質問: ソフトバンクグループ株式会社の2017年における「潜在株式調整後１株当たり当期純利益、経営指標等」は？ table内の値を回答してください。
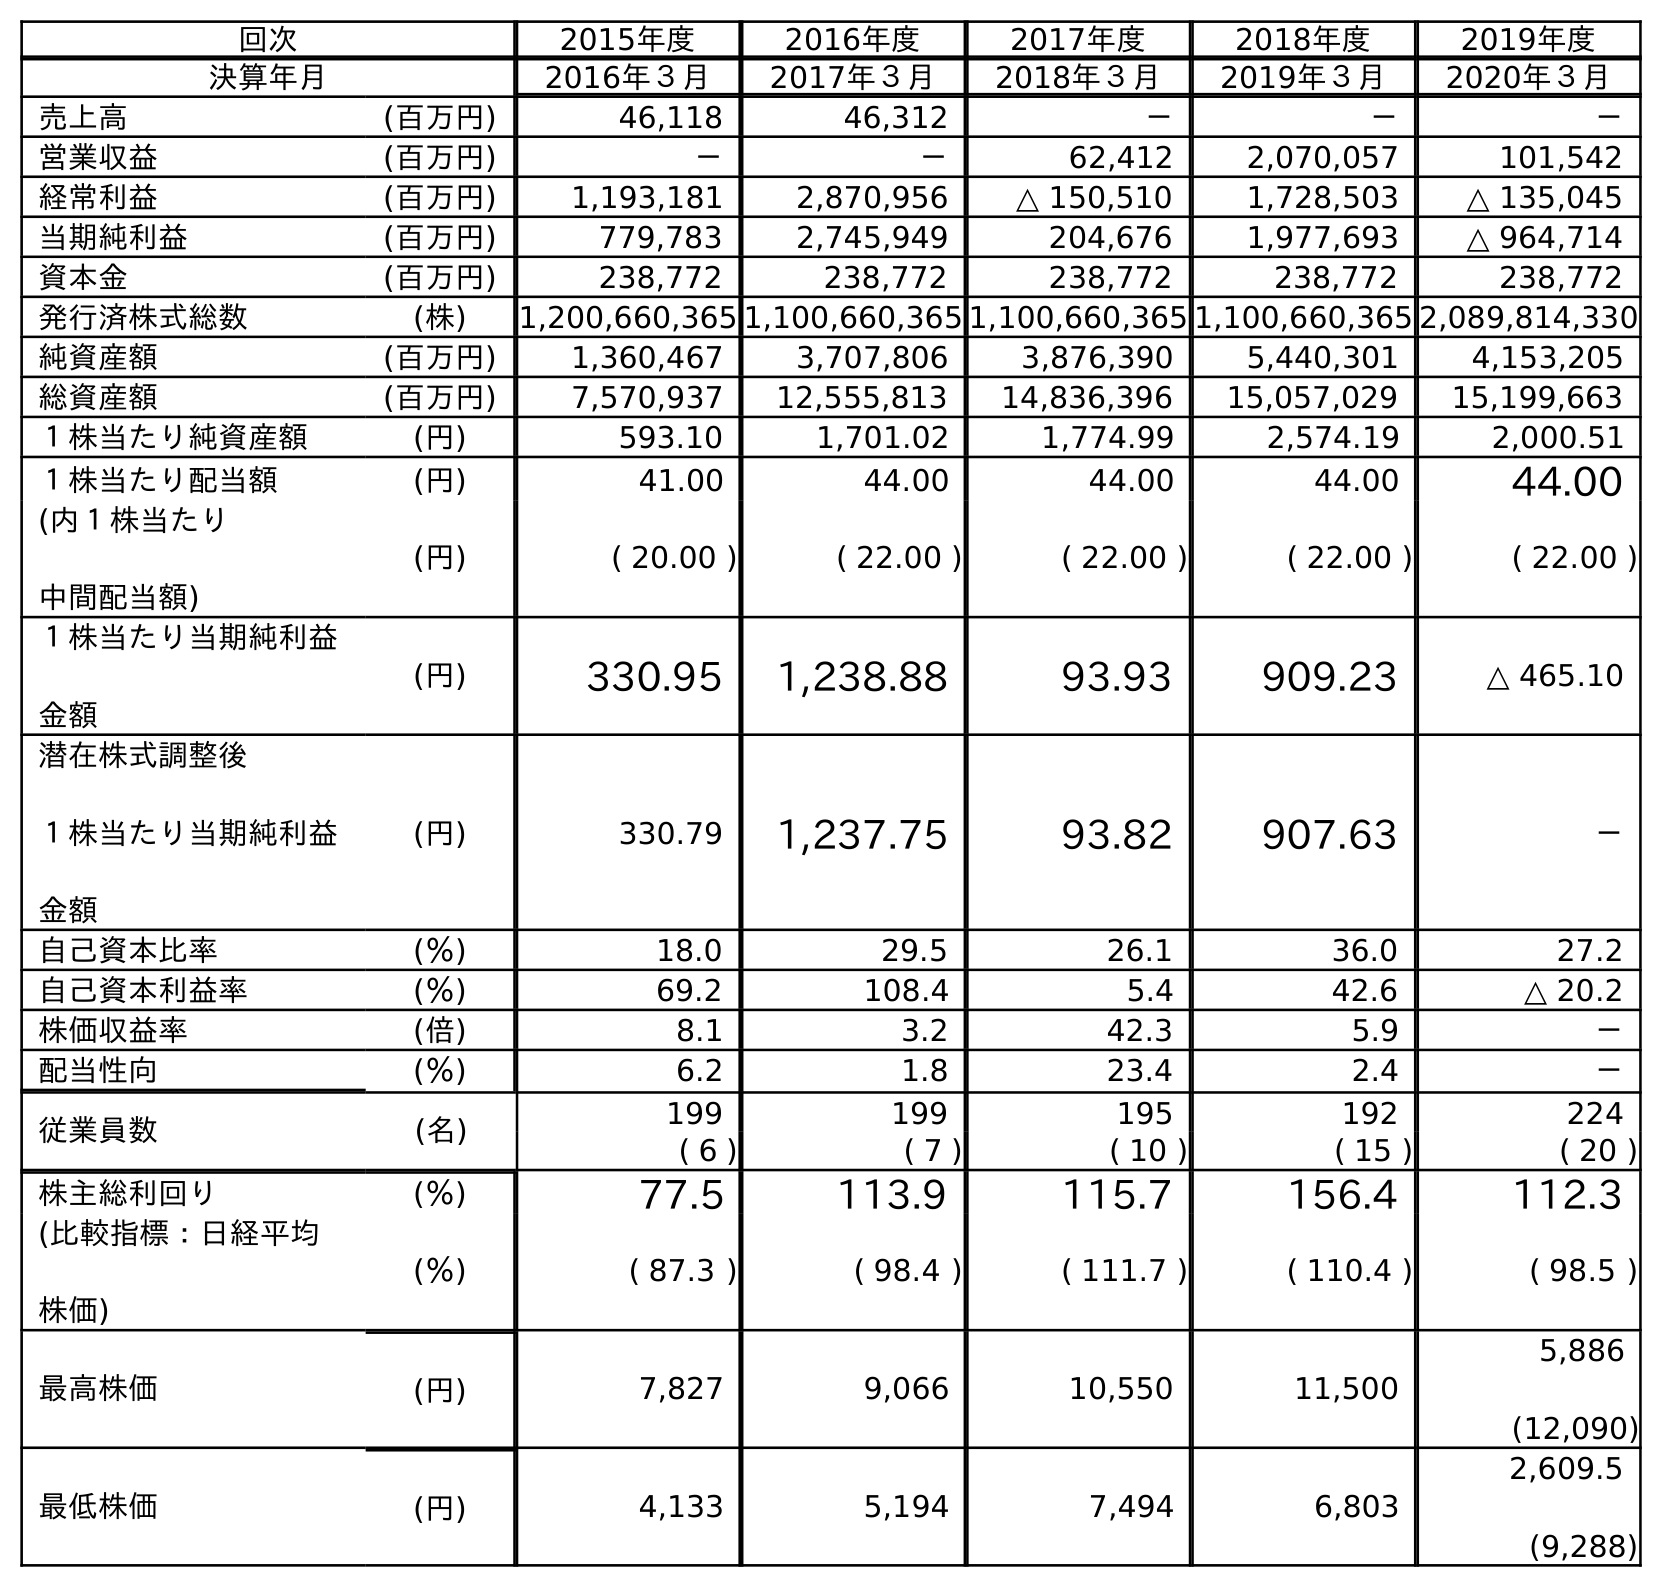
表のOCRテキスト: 回次 2015年度 2016年度 2017年度 2018年度 2019年度 決算年月 2016年３月 2017年３月 2018年３月 2019年３月 2020年３月 売上高 (百万円) 46,118 46,312 － － － 営業収益 (百万円) － － 62,412 2,070,057 101,542 経常利益 (百万円) 1,193,181 2,870,956 △ 150,510 1,728,503 △ 135,045 当期純利益 (百万円) 779,783 2,745,949 204,676 1,977,693 △ 964,714 資本金 (百万円) 238,772 238,772 238,772 238,772 238,772 発行済株式総数 (株) 1,200,660,365 1,100,660,365 1,100,660,365 1,100,660,365 2,089,814,330 純資産額 (百万円) 1,360,467 3,707,806 3,876,390 5,440,301 4,153,205 総資産額 (百万円) 7,570,937 12,555,813 14,836,396 15,057,029 15,199,663 １株当たり純資産額 (円) 593.10 1,701.02 1,774.99 2,574.19 2,000.51 １株当たり配当額 (円) 41.00 44.00 44.00 44.00 44.00 (内１株当たり 中間配当額) (円) ( 20.00 ) ( 22.00 ) ( 22.00 ) ( 22.00 ) ( 22.00 ) １株当たり当期純利益 金額 (円) 330.95 1,238.88 93.93 909.23 △ 465.10 潜在株式調整後 １株当たり当期純利益 金額 (円) 330.79 1,237.75 93.82 907.63 － 自己資本比率 (％) 18.0 29.5 26.1 36.0 27.2 自己資本利益率 (％) 69.2 108.4 5.4 42.6 △ 20.2 株価収益率 (倍) 8.1 3.2 42.3 5.9 － 配当性向 (％) 6.2 1.8 23.4 2.4 － 従業員数 (名) 199 199 195 192 224 ( 6 ) ( 7 ) ( 10 ) ( 15 ) ( 20 ) 株主総利回り (％) 77.5 113.9 115.7 156.4 112.3 (比較指標：日経平均 株価) (％) ( 87.3 ) ( 98.4 ) ( 111.7 ) ( 110.4 ) ( 98.5 ) 最高株価 (円) 7,827 9,066 10,550 11,500 5,886 (12,090) 最低株価 (円) 4,133 5,194 7,494 6,803 2,609.5 (9,288)
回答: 1,237.75